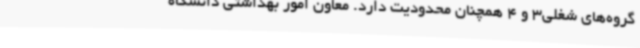
گروه‌های شغلی3 و 4 همچنان محدودیت دارد. معاون امور بهداشتی دانشگاه